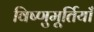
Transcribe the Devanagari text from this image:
विष्णुमूर्तियाँ